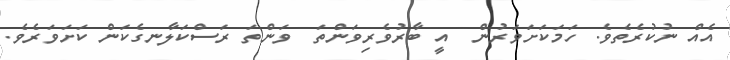
އެއް ނުކުރެތެވެ. ހަމަކަށަވަރުން  އީ ބާރުވެރިވަންތަ  ވަންތަ ރަސްކަލާނގެކަން ކަށަވަރެވެ.